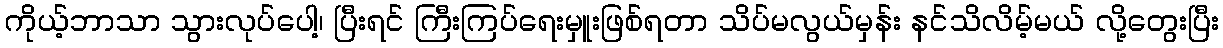
ကိုယ့်ဘာသာ သွားလုပ်ပေါ့၊ ပြီးရင် ကြီးကြပ်ရေးမှူးဖြစ်ရတာ သိပ်မလွယ်မှန်း နင်သိလိမ့်မယ် လို့တွေးပြီး